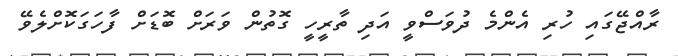
ރާއްޖޭގައި ހުރި އެންމެ ދުވަސްވީ އަދި ތާރީހީ ގޮތުން ވަރަށް ބޮޑަށް ފާހަގަކޮށްލެވޭ